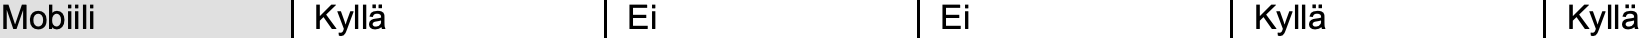
Mobiili   Kyllä     Ei         Ei        Kyllä     Kyllä